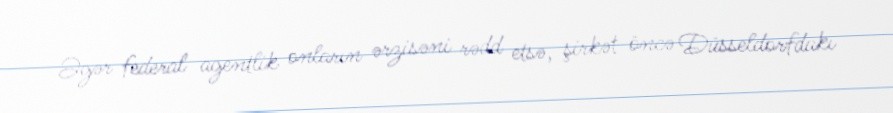
Əgər federal agentlik onların ərzisəni rədd etsə, şirkət öncə Düsseldorfdakı